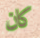
كان